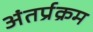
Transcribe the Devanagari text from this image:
अंतर्प्रक्रम